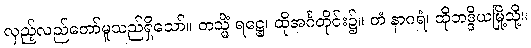
လှည့်လည်တော်မူသည်ရှိသော်။ တသ္မိံ ရဋ္ဌေ၊ ထိုအင်္ဂတိုင်း၌။ တံ နာဂရံ၊ ထိုဘဒ္ဒိယမြို့သို့။